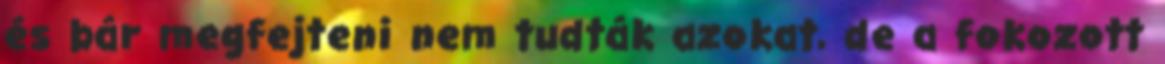
és bár megfejteni nem tudták azokat, de a fokozott